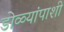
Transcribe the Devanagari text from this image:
डोळ्यांपाशी